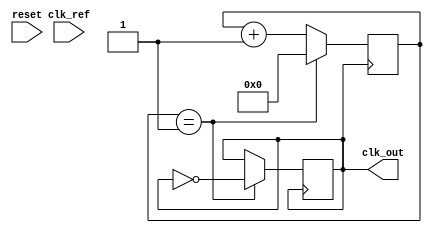
module parameterized_PLL #(
    parameter REF_FREQ = 50_000_000, // Reference frequency in Hz
    parameter OUT_FREQ = 100_000_000, // Desired output frequency in Hz
    parameter DIV_RATIO = OUT_FREQ / REF_FREQ, // Feedback division ratio
    parameter Kp = 1, // Proportional gain
    parameter Ki = 1, // Integral gain
    parameter VCO_SENSITIVITY = 1 // VCO sensitivity in kHz/V
)(
    input wire clk_ref, // Reference clock input
    input wire reset,    // Reset signal
    output reg clk_out   // Output clock
);

    // Internal signals
    reg [31:0] phase_err;        // Phase error signal
    reg [31:0] control_voltage;  // Control voltage for VCO
    reg [31:0] vco_freq;         // VCO frequency
    
    // VCO frequency calculation
    always @(posedge clk_ref or posedge reset) begin
        if (reset) begin
            vco_freq <= 0;
        end else begin
            vco_freq <= control_voltage * VCO_SENSITIVITY;
        end
    end

    // Phase Detector (PD) - Simple phase error signal generation
    always @(posedge clk_ref or posedge reset) begin
        if (reset) begin
            phase_err <= 0;
        end else begin
            // Here you would compare the feedback clock with the reference clock
            // For simplicity, this example assumes a fixed phase error
            phase_err <= phase_err + Kp * (some_phase_difference); // Replace with actual phase difference logic
        end
    end

    // Loop Filter (LF) - Simple integrator
    always @(posedge clk_ref or posedge reset) begin
        if (reset) begin
            control_voltage <= 0;
        end else begin
            control_voltage <= control_voltage + phase_err + Ki * phase_err; // Simple loop filter
        end
    end

    // Clock Divider - Feedback division by DIV_RATIO
    reg [31:0] div_counter;
    always @(posedge clk_out) begin
        if (div_counter == (DIV_RATIO - 1)) begin
            clk_out <= ~clk_out;
            div_counter <= 0;
        end else begin
            div_counter <= div_counter + 1;
        end
    end

    // Initializing output clock
    initial begin
        clk_out = 0;
        div_counter = 0;
    end

endmodule